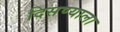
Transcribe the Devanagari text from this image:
दिसण्याला